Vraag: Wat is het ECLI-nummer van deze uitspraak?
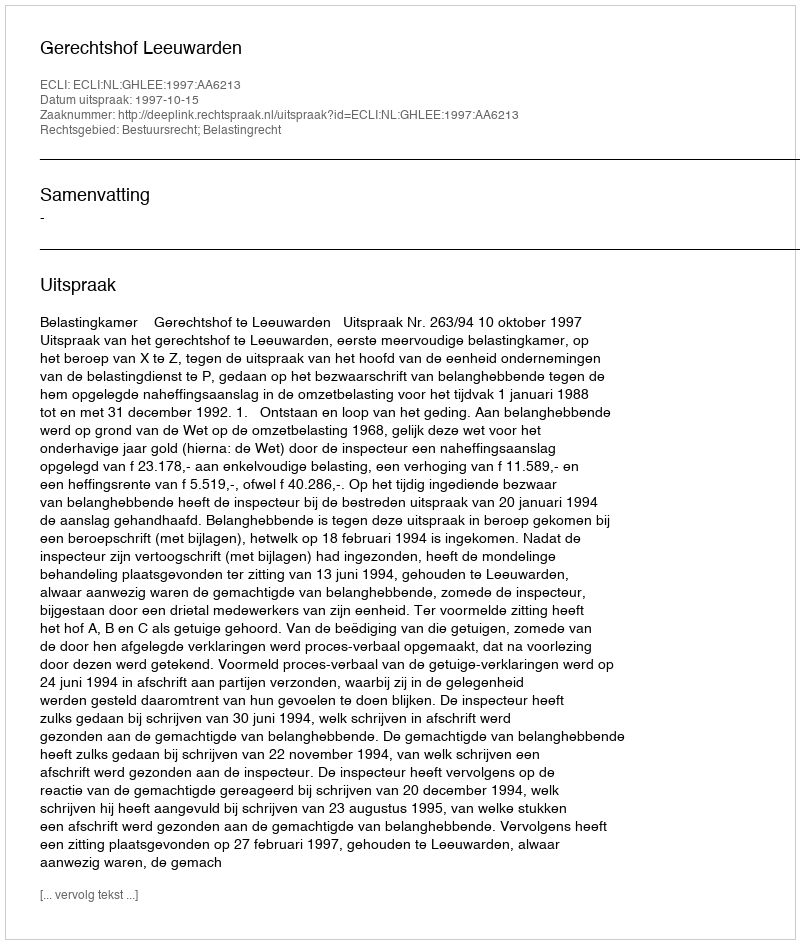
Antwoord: ECLI:NL:GHLEE:1997:AA6213